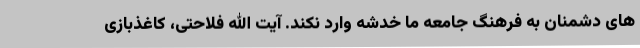
های دشمنان به فرهنگ جامعه ما خدشه وارد نکند. آیت الله فلاحتی، کاغذبازی